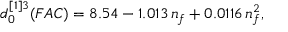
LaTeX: d _ { 0 } ^ { [ 1 ] 3 } ( F A C ) = 8 . 5 4 - 1 . 0 1 3 \, n _ { f } + 0 . 0 1 1 6 \, n _ { f } ^ { 2 } { } ,